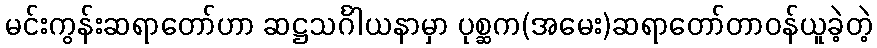
မင်းကွန်းဆရာတော်ဟာ ဆဋ္ဌသင်္ဂါယနာမှာ ပုစ္ဆက(အမေး)ဆရာတော်တာဝန်ယူခဲ့တဲ့